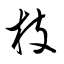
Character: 枝